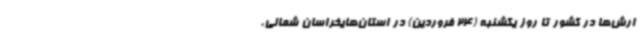
ارش‌ها در کشور تا روز یکشنبه (24 فروردین) در استان‌هایخراسان شمالی،